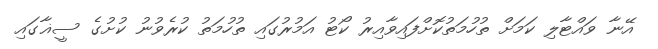
އޭނާ ވައްޓާލި ކަމަށް ތުހުމަތުކޮށްފައިވާއިރު ކޯޓު އަމުރުގައި ތުހުމަތު ކުރެވުނު ކުށުގެ ސީޣާގައި